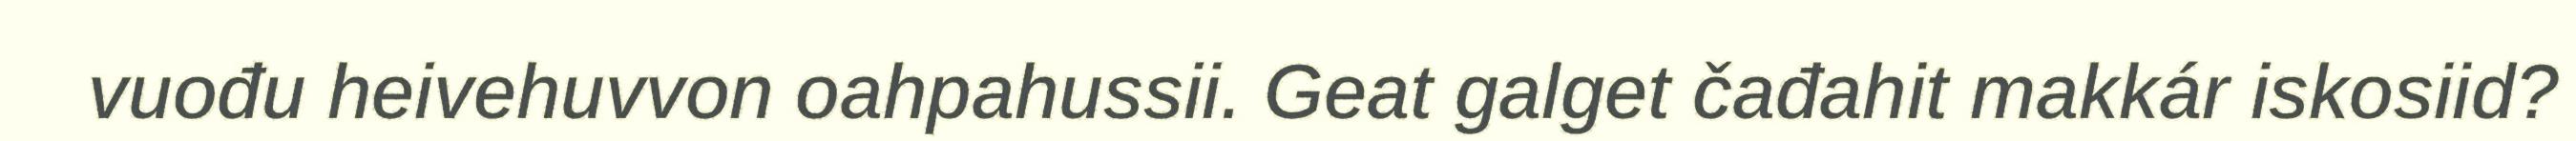
vuođu heivehuvvon oahpahussii. Geat galget čađahit makkár iskosiid?